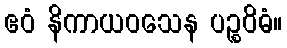
ဧဝံ နိကာယဝသေန ပဉ္စဝိဓံ။